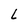
Character: L